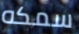
سمكه